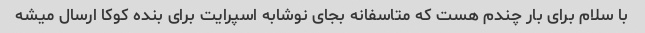
با سلام برای بار چندم هست که متاسفانه بجای نوشابه اسپرایت برای بنده کوکا ارسال میشه